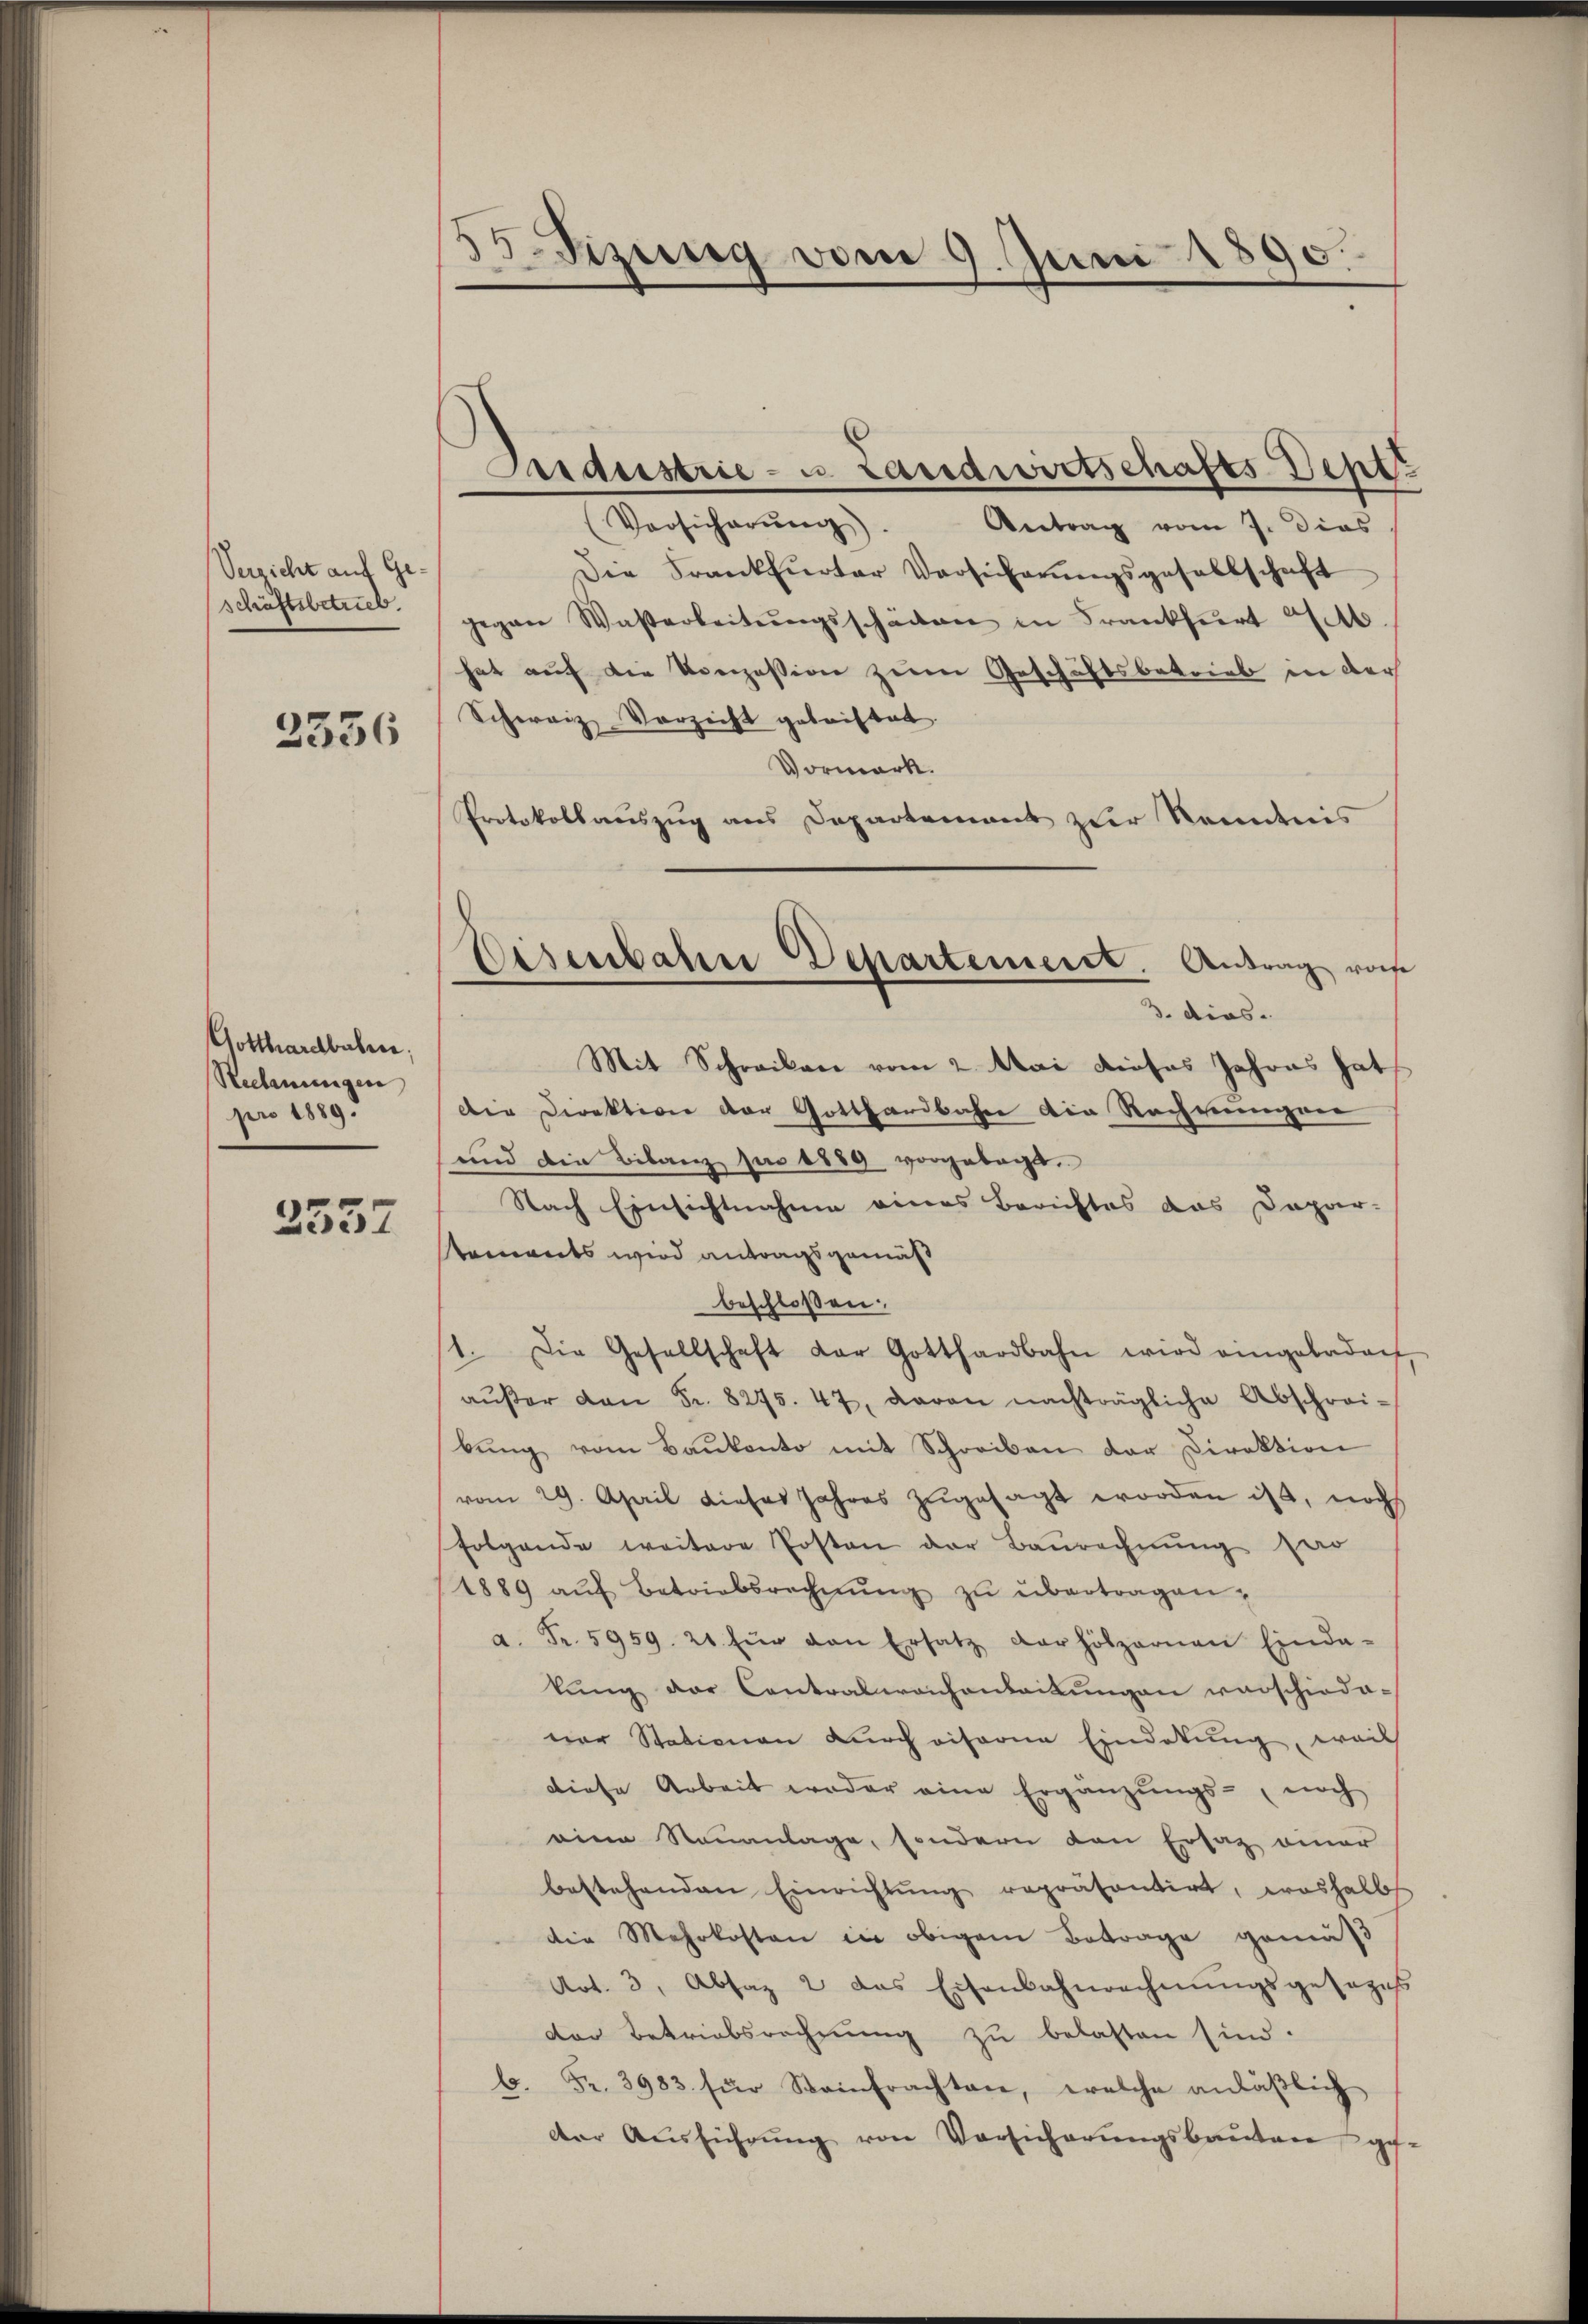
Verzicht auf Geschäftsbetrieb.
3336

Gotthardbahren,
Rechnungen
pro 1889.

2557

Sizung vom 9. Juni 1890.

Aaraustrie- u. Landwirtschafts Sept.
Versicherŭng. Antrag vom 7. dies
Die Frankfurter Versicherŭngsgesellschaft
gegen Waßerleitŭngsschärten in Frankfurt 20.
hat auf die Konzession zum Geschäftsbetrieb in der
Schweiz Verzicht getriftet.
Vormark.
Protokollauszug aus Departement zur Reidnis
Mit Schreiben vom 2. Mai dieses Jahres hat
der Direktion der Gotthardbahn die Rechnungen
und die Bilanz sie 1889 vorgebracht.
Nach Einsichtnahme eines Berichtes das Dapar-
taments wird antragsgemäß
beschloßen:
1. Die Gesellschaft der Gotthardbahn wird eingeladen,
aŭβer von Fr. 8275. 47, daran nachträgliche Abschrei-
bŭng vom Baŭkonto mit Schreiben der Direktion
vom 29. April dieser Jahres zŭgesagt worden ist, noch
folgende weitere Posten der Baurechnung Par
1889 aŭf Betriebsrechnŭng zŭ übertragen,
a. Fr. 5959. 21 für den Ersatz darhölzernen Einda-
kung der Contralwachenleitungen verschiede-
ner Stationen durch visorie Eindetung, weils
diese Arbeit weder eine Ergänzŭngs- noch
eine Neuanlage, sondern den Ersatz einer
bestehenden Einrichtŭng repräsentirt, weshalb
die Mehrkosten in obigem Betrage gemäß
Art. 3, Absaz 2 das Eisenbahnrechnŭngsgesezes
der Betriebsrechnung zu belasten sind.
b. Fr. 3983 für Steinfrachten, welche anläβlich
der Aŭsführŭng von Vorsicherŭngsbautere ge-

Eisenbahn Departement. Antrag ros
3. dies.